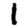
Digit: 1